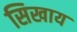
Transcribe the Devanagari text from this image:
सिखाय